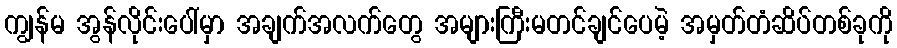
ကျွန်မ အွန်လိုင်းပေါ်မှာ အချက်အလက်တွေ အများကြီးမတင်ချင်ပေမဲ့ အမှတ်တံဆိပ်တစ်ခုကို